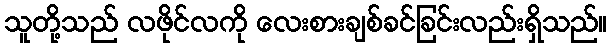
သူတို့သည် လဖိုင်လကို လေးစားချစ်ခင်ခြင်းလည်းရှိသည်။